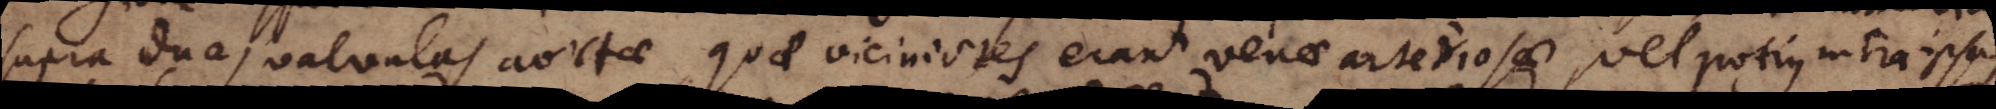
supra duas valvulas aortae, quae viciniores erant venae arteriosae, vel potius intra ipsas